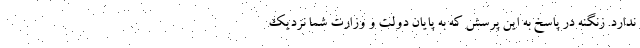
ندارد. زنگنه در پاسخ به این پرسش که به پایان دولت و وزارت شما نزدیک